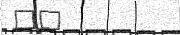
٤٤